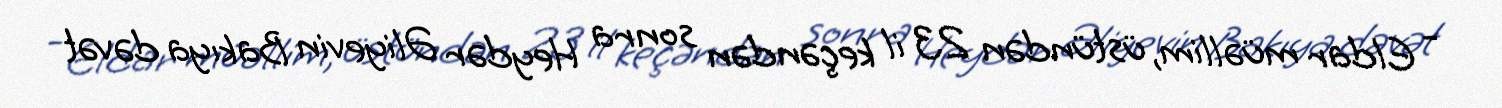
- Eldar müəllim, üstündən 23 il keçəndən sonra Heydər Əliyevin Bakıya dəvət